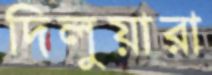
দিলুয়ারা